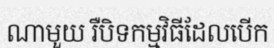
ណាមួយ រឺបិទកម្មវិធីដែលបើក